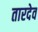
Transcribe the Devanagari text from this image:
तारदेव